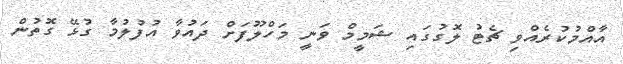
އާއްމުކުރެއްވި ޗެޓު ލޮގުގައި ޝަމީމް ވަނީ މަހްލޫފަށް ދައުވާ އުފުލުމާ ގުޅޭ ގޮތުން